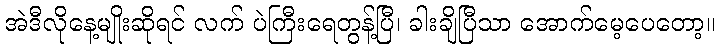
အဲဒီလိုနေ့မျိုးဆိုရင် လက် ပဲကြီးရေတွန့်ပြီ၊ ခါးချိပြီသာ အောက်မေ့ပေတော့။